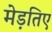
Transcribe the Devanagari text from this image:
मेड़तिए